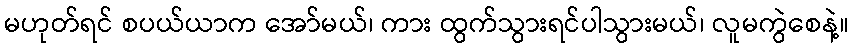
မဟုတ်ရင် စပယ်ယာက အော်မယ်၊ ကား ထွက်သွားရင်ပါသွားမယ်၊ လူမကွဲစေနဲ့။